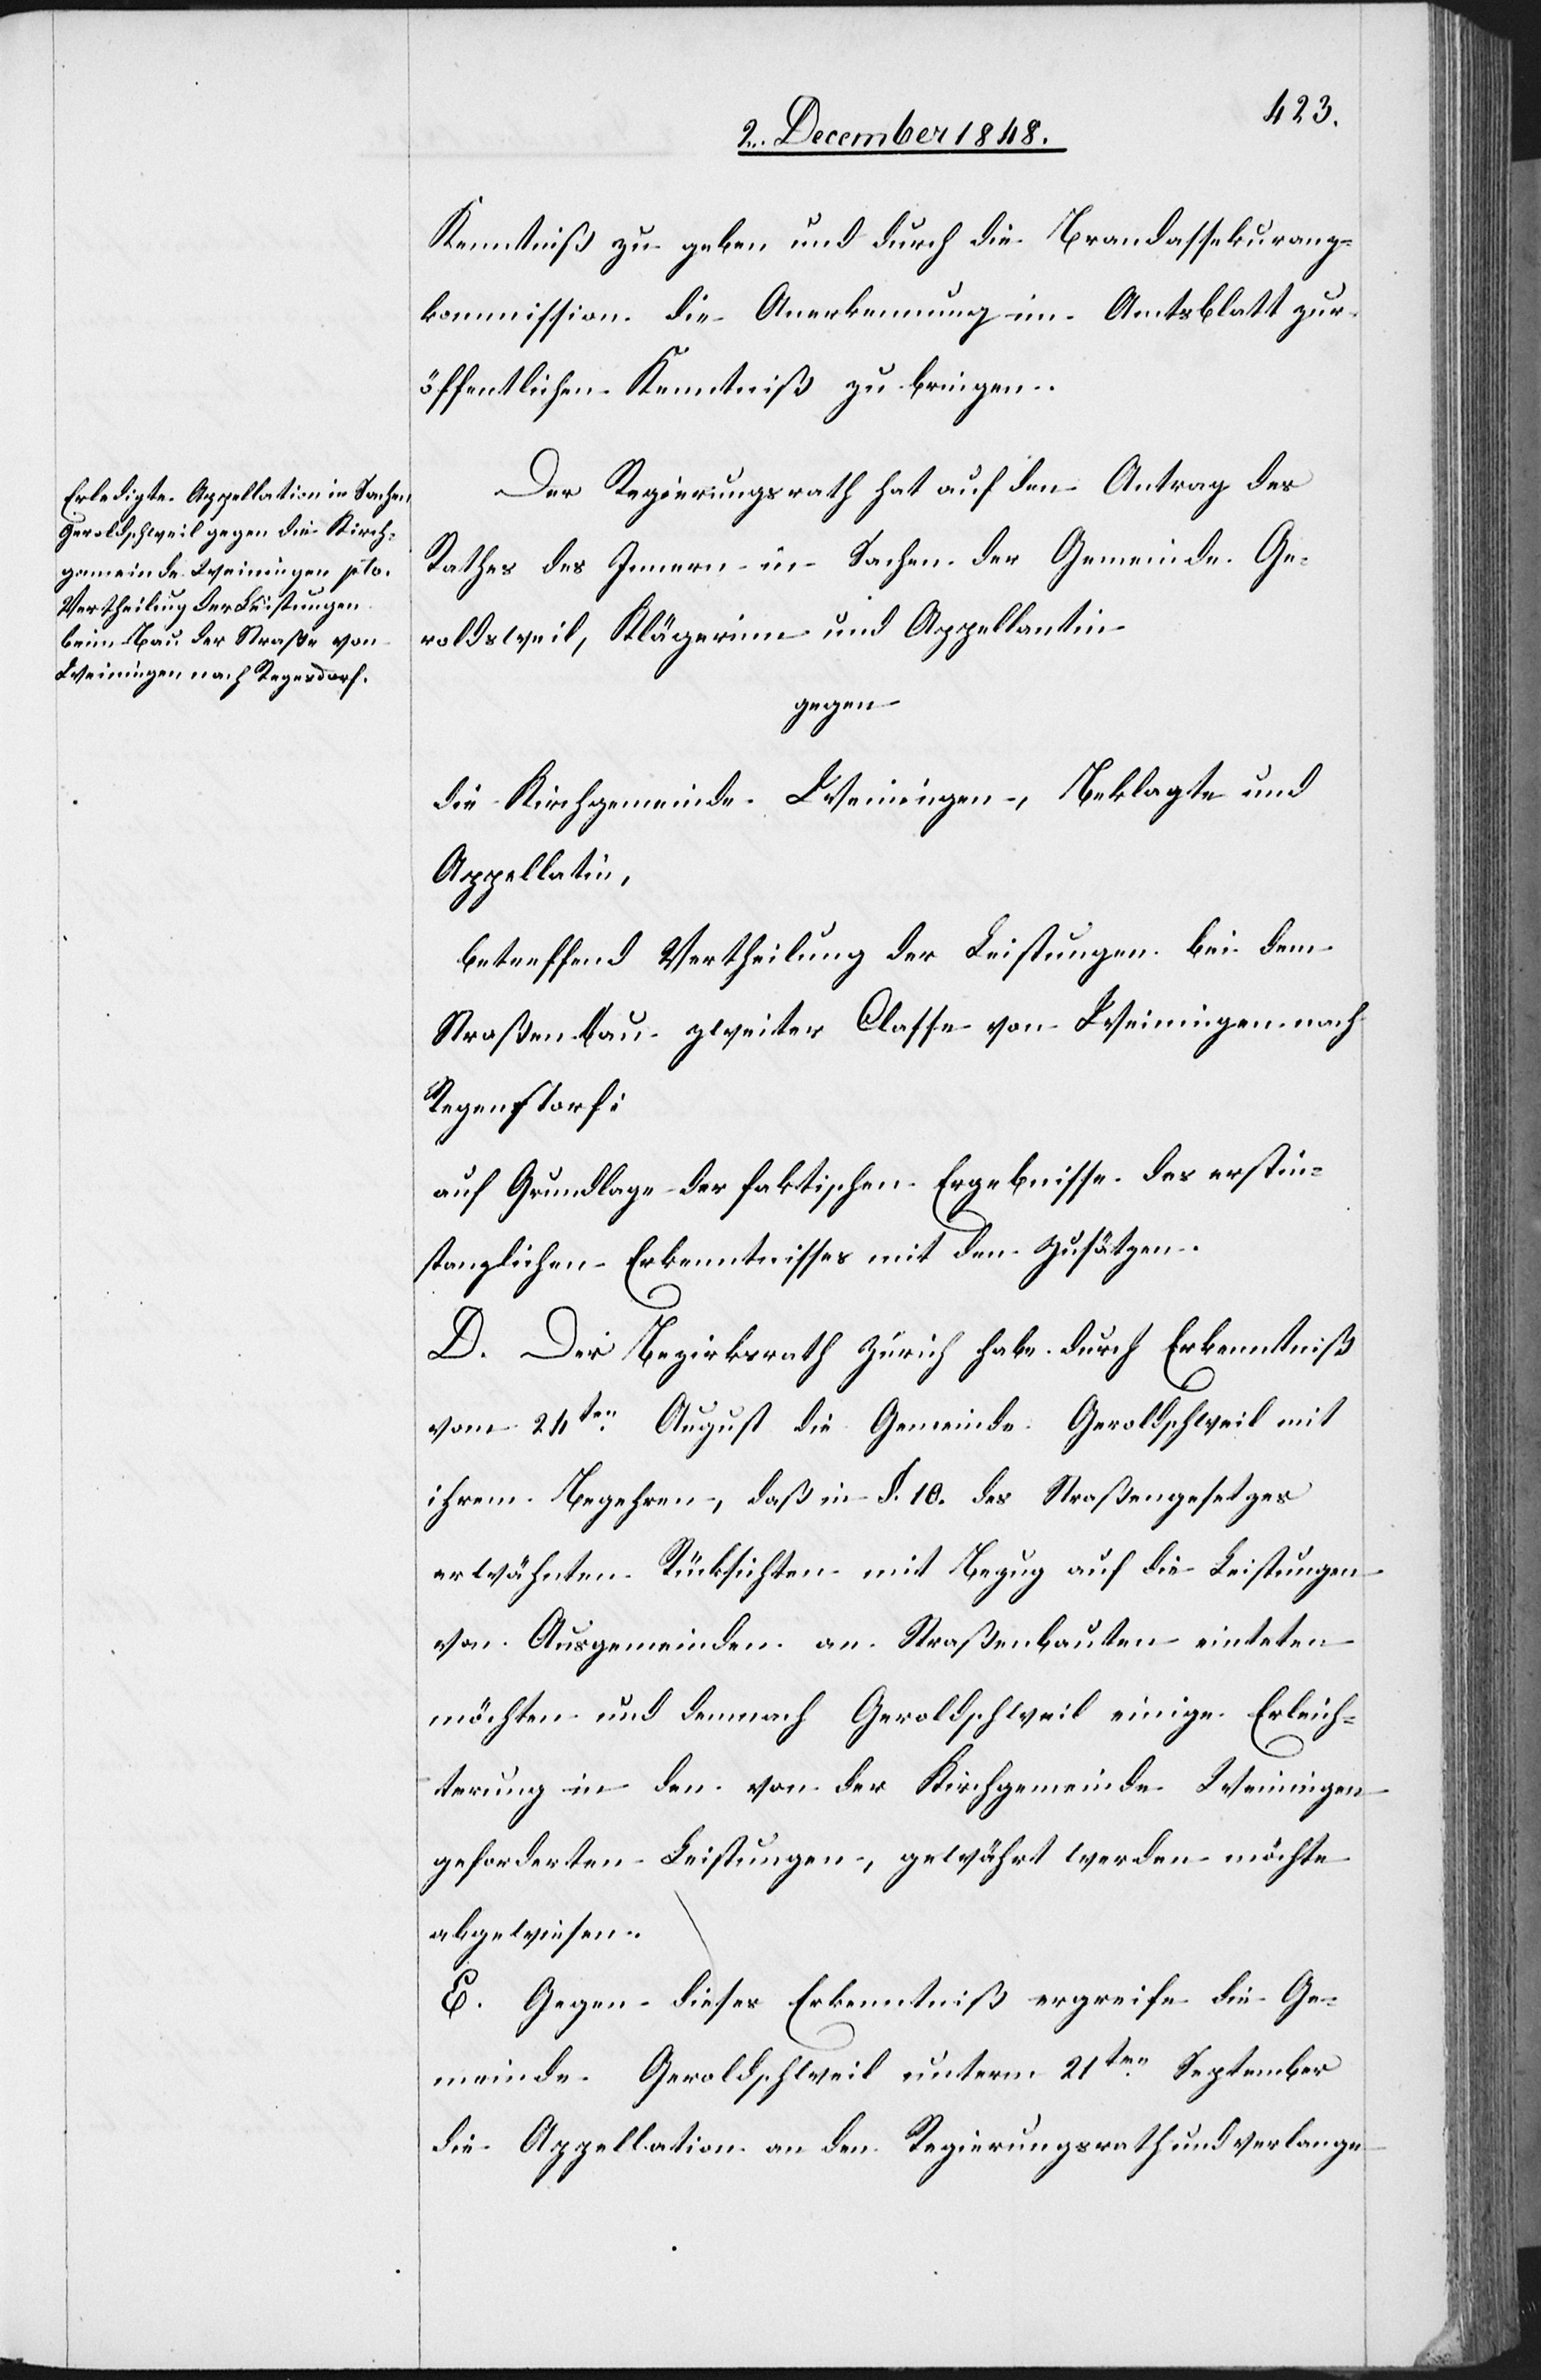
Kenntniß zu geben und durch die Brandassekuranz¬
kommission die Anerkennung im Amtsblatt zur
öffentlichen Kenntniß zu bringen.
Der Regierungsrath hat auf den Antrag des
Rathes des Innern in Sachen der Gemeinde Ge¬
roldsweil, Klägerinn und Appellantin
gegen
die Kirchgemeinde Weinigen, Beklagte und
Appellatin,
betreffend Vertheilung der Leistungen bei dem
Straßenbau zweiter Classe von Weiningen nach
Regenstorf:
auf Grundlage der faktischen Ergebnisse des erstin¬
stanzlichen Erkenntnisses mit den Zusätzen.
D. Der Bezirksrath Zürich habe durch Erkenntniß
vom 24ten August die Gemeinde Geroldschweil mit
ihrem Begehren, daß [die] in §. 10. des Straßengesetzes
erwähnten Rücksichten mit Bezug auf die Leistungen
von Ausgemeinden an Straßenbauten eint[r]eten
möchten und demnach Geroldschweil einige Erleich¬
terungen in den von der Kirchgemeinde Weiningen
geforderten Leistungen, gewährt werden möchte
abgewiesen.
E. Gegen dieses Erkenntniß ergreife die Ge¬
meinde Geroldschweil unterm 21ten September
die Appellation an den Regierungsrath und verlange